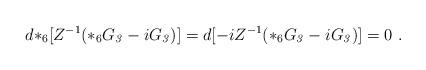
LaTeX: \begin{align*}d {*_6} [ Z^{-1} ( *_6 G_{\it 3} - i G_{\it 3})] = d [-i Z^{-1} ( *_6 G_{\it 3} - i G_{\it 3})] = 0\ .\end{align*}